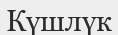
Күшлүк